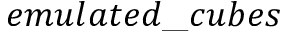
e m u l a t e d \_ c u b e s